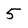
Character: 5